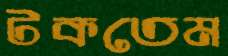
টকতেম